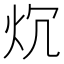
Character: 𤆤